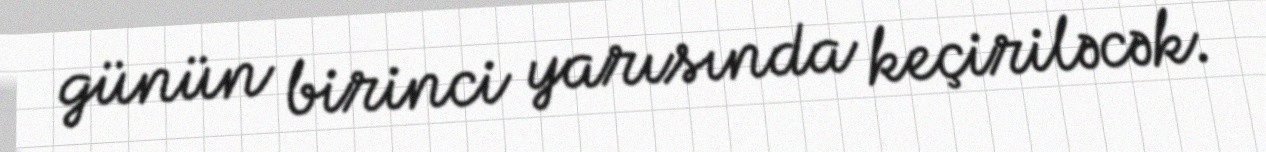
günün birinci yarısında keçiriləcək.